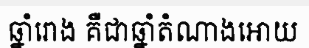
ឆ្នាំរោង គឺជាឆ្នាំតំណាងអោយ